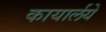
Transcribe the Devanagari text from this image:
कायार्लये